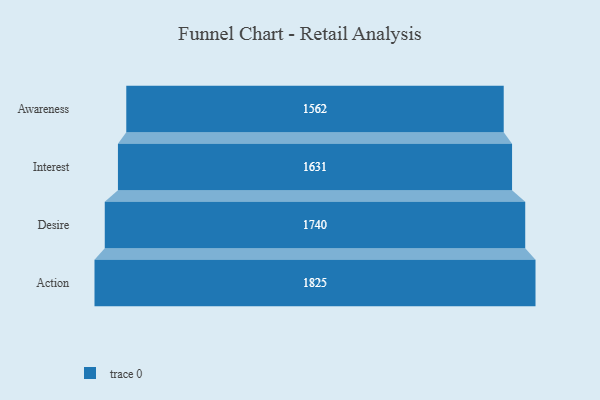
{"axis": {"x": "Stage", "y": "Value"}, "legend": [""], "data": [{"x": "Awareness", "y": 1562.0, "type": ""}, {"x": "Interest", "y": 1631.0, "type": ""}, {"x": "Desire", "y": 1740.0, "type": ""}, {"x": "Action", "y": 1825.0, "type": ""}]}